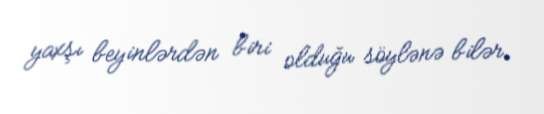
yaxşı beyinlərdən biri olduğu söylənə bilər.